Civil Veterinary Dept. Bombay admin report 1900-1906 - 1900-1906
Year: 1900
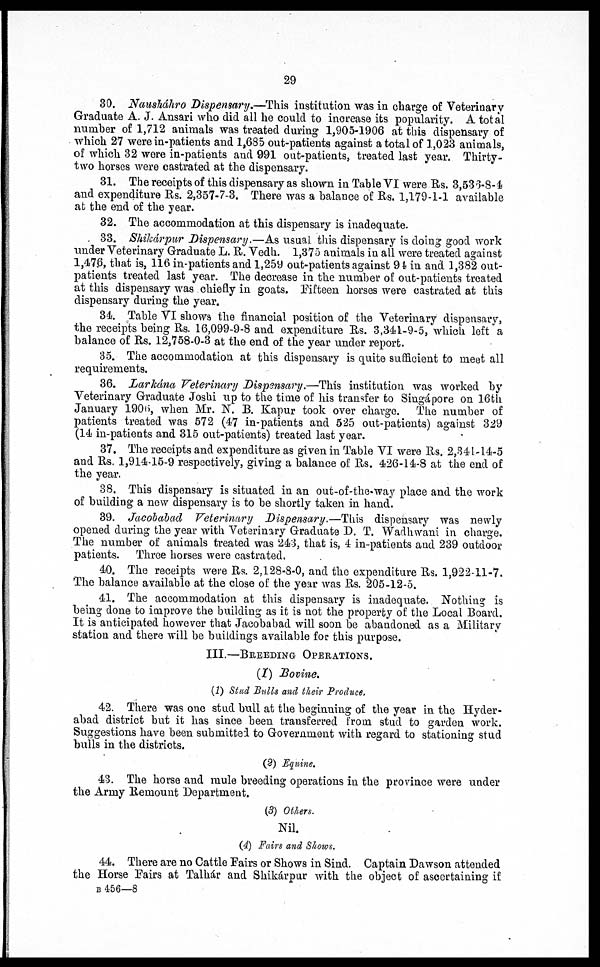
29
30. Nausháhro Dispensary.—This institution was in charge of Veterinary
Graduate A. J. Ansari who did all he could to increase its popularity. A total
number of 1,712 animals was treated during 1,905-1906 at this dispensary of
which 27 were in-patients and 1,685 out-patients against a total of 1,023 animals,
of which 32 were in-patients and 991 out-patients, treated last year. Thirty-
two horses were castrated at the dispensary.
31. The receipts of this dispensary as shown in Table VI were Rs. 3,536-8-4
and expenditure Rs. 2,357-7-3. There was a balance of Rs. 1,179-1-1 available
at the end of the year.
32. The accommodation at this dispensary is inadequate.
33. Shikárpur Dispensary.—As usual this dispensary is doing good work
under Veterinary Graduate L. R. Vedh. 1,373 animals in all were treated against
1,47.6, that is, 116 in-patients and 1,259 out-patients against 91 in and 1,382 out-
patients treated last year. The decrease in the number of out-patients treated
at this dispensary was chiefly in goats. Fifteen horses were castrated at this
dispensary during the year.
34. Table VI shows the financial position of the Veterinary dispensary,
the receipts being Rs. 16,099-9-8 and expenditure Rs. 3,341-9-5, which left a
balance of Rs. 12,758-0-3 at the end of the year under report.
35. The accommodation at this dispensary is quite sufficient to meet all
requirements.
36. Larkána Veterinary Dispensary.—This institution was worked by
Veterinary Graduate Joshi up to the time of his transfer to Singapore on 16th
January 1906, when Mr. N. B. Kapur took over charge. The number of
patients treated was 572 (47 in-patients and 525 out-patients) against 329
(14 in-patients and 315 out-patients) treated, last year.
37. The receipts and expenditure as given in Table VI were Rs. 2,341-14-5
and Rs. 1,914-15-9 respectively, giving a balance of Rs. 426-14-8 at the end of
the year.
38. This dispensary is situated in an out-of-the-way place and the work
of building a new dispensary is to be shortly taken in hand.
39. Jacobabad Veterinary Dispensary.—This dispensary was newly
opened during the year with Veterinary Graduate D. T. Wadhwani in charge.
The number of animals treated was 243, that is, 4 in-patients and 239 outdoor
patients. Three horses were castrated.
40. The receipts were Rs. 2,128-8-0, and the expenditure Rs. 1,922-11-7.
The balance available at the close of the year was Rs. 205-12-5.
41. The accommodation at this dispensary is inadequate. Nothing is
being done to improve the building as it is not the property of the Local Board.
It is anticipated however that Jacobabad will soon be abandoned as a Military
station and there will be buildings available for this purpose.
III.—BREEDING OPERATIONS.
(1) Bovine.
(1) Stud Bulls and their Produce,
42. There was one stud bull at the beginning of the year in the Hyder-
abad district but it has since been transferred from stud to garden work.
Suggestions have been submitted to Government with regard to stationing stud
bulls in the districts.
(2) Equine.
43. The horse and mule breeding operations in the province were under
the Army Remount Department.
(3) Others.
Nil.
(4) Fairs and Shows.
44. There are no Cattle Fairs or Shows in Sind. Captain Dawson attended
the Horse Fairs at Talhár and Shikárpur with the object of ascertaining if
B 456—8